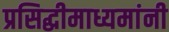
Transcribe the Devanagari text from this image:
प्रसिद्धीमाध्यमांनी